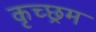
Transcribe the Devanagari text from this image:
कृच्छ्रम